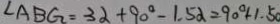
\angle A B G = 3 \alpha + 9 0 ^ { \circ } - 1 . 5 \alpha = 9 0 ^ { \circ } + 1 . 5 0